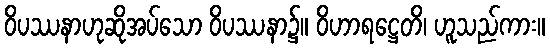
ဝိပဿနာဟုဆိုအပ်သော ဝိပဿနာ၌။ ဝိဟာရဋ္ဌေတိ၊ ဟူသည်ကား။